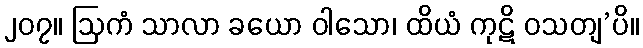
၂၀၇။ ဩကံ သာလာ ခယော ဝါသော၊ ထိယံ ကုဋိ ဝသတျ’ပိ။